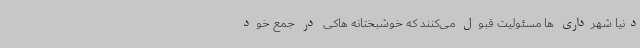
دنیا شهرداری ها مسئولیت قبول می‌کنند که خوشبختانه هاکی در جمع خود